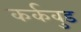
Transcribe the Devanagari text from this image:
कर्कवुड